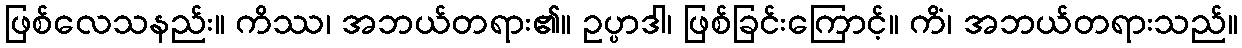
ဖြစ်လေသနည်း။ ကိဿ၊ အဘယ်တရား၏။ ဥပ္ပာဒါ၊ ဖြစ်ခြင်းကြောင့်။ ကိံ၊ အဘယ်တရားသည်။